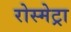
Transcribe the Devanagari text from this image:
रोस्मेट्रा